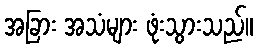
အခြား အသံများ ဖုံးသွားသည်။